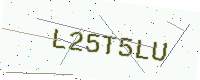
Text: L25T5LU